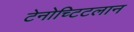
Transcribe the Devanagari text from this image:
टेनोच्टिटलान